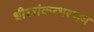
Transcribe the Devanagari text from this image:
धीरशंकरभरणम